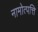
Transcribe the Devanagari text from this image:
नामोत्पत्ति